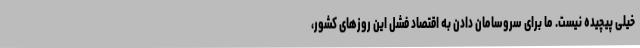
خیلی پیچیده نیست. ما برای سروسامان دادن به اقتصاد فشل این روزهای کشور،